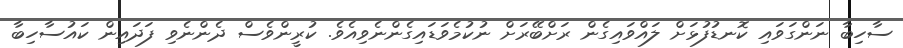
ސާހިބާ ނަންގަވައި ކޮނޑުފުޅަށް ލައްވައިގެން ރަށްބޭރަށް ނުކުމެވަޑައިގެންނެވިއެވެ. ކުރީންވެސް ދެންނެވި ފަދައިން ކައުސާހިބާ